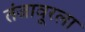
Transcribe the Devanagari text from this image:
तंजावूरला